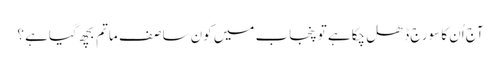
آج اُن کا سورج ڈھل چکاہے تو پنجاب میں کون سا صف ِ ماتم بچھ گیاہے ؟